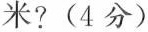
米？（4分）